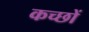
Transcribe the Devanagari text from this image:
कच्छों